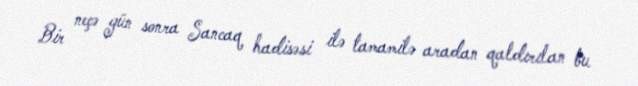
Bir neçə gün sonra Sancaq hadisəsi ilə tamamilə aradan qaldırılan bu